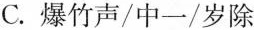
C.爆竹声/中一/岁除